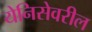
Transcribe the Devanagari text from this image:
येनिसेवरील